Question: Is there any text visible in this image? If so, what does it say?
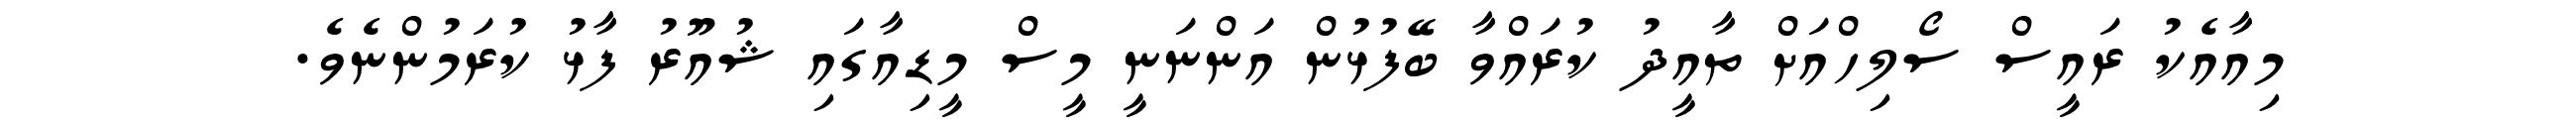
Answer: މިއާއެކު ރައީސް ސޯލިހްއަށް ތާއީދު ކުރައްވާ ބޭފުޅުން އަންނަނީ މީސް މީޑިއާގައި ޝުއޫރު ފާޅު ކުރަމުންނެވެ.